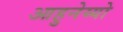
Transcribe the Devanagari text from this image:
आहुनेय्यो